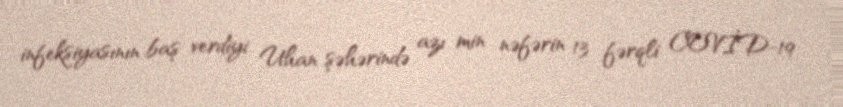
infeksiyasının baş verdiyi Uhan şəhərində azı min nəfərin 13 fərqli COVİD-19